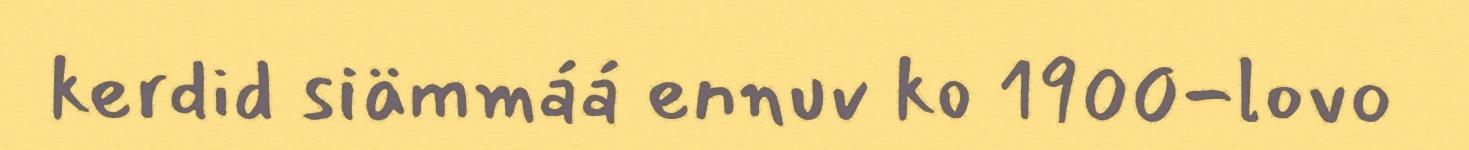
kerdid siämmáá ennuv ko 1900-lovo